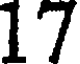
17